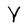
Character: Y